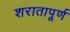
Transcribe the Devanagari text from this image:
शरातापूर्ण